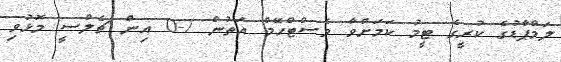
ލަމްޕާޑުގެ ކުރީގެ ޓީމު ކަމަށްވާ ވެސްޓްހޭމް އަތުން 2-0 އިން ޗެލްސީ މޮޅުވި